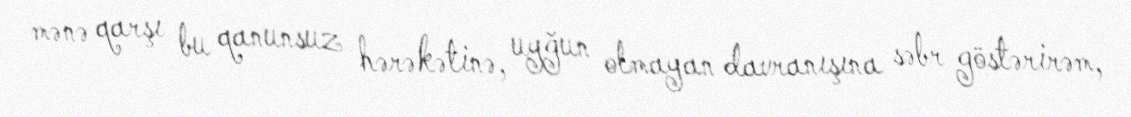
mənə qarşı bu qanunsuz hərəkətinə, uyğun olmayan davranışına səbr göstərirəm,